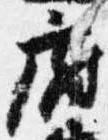
府